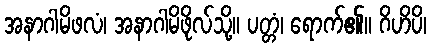
အနာဂါမိဖလံ၊ အနာဂါမိဖိုလ်သို့။ ပတ္တံ၊ ရောက်၏။ ဂိဟိပိ၊